Mental hospitals Bombay report 1921-28 - 1921-1928
Year: 1921
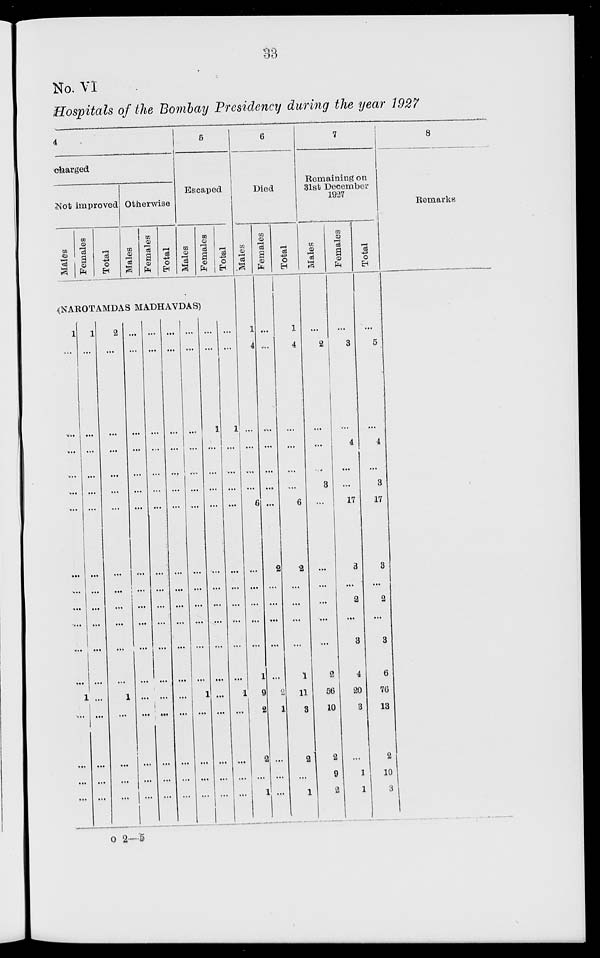
33
No. VI
Hospitals of the Bombay Presidency during the year 1927
4
charged
Not improved
Males
Females
Total
Otherwise
Males
Females
Total
5
Escaped
Males
Females
Total
(NAROTAMDAS MADHAVDAS)
1
...
...
...
...
...
...
...
...
...
...
...
...
1
...
...
...
...
1
...
...
...
...
...
...
...
...
...
...
...
...
...
...
...
...
...
2
...
...
...
...
...
...
...
...
...
...
...
...
1
...
...
...
...
...
...
...
...
...
...
...
...
...
...
...
...
...
...
...
...
...
...
...
...
...
...
...
...
...
...
...
...
...
...
...
...
...
...
...
...
...
...
...
...
...
...
...
...
...
...
...
...
...
...
...
...
...
...
...
...
...
...
...
...
...
...
...
...
...
...
...
1
...
...
...
...
...
...
1
...
...
...
...
...
...
...
...
...
...
...
...
...
...
...
...
...
1
...
...
...
...
...
...
...
...
...
...
1
...
...
...
...
6
Died
Males
1
4
...
...
...
...
6
...
...
...
...
...
1
9
2
2
...
1
Females
...
...
...
...
...
...
...
2
...
...
...
...
...
2
1
...
...
...
Total
1
4
...
...
...
...
6
2
...
...
...
...
1
11
3
2
...
1
7
Remaining on
31st December
1927
Males
...
2
...
...
...
3
...
...
...
...
...
...
2
56
10
2
9
2
Females
...
3
...
4
...
...
17
3
...
2
...
3
4
20
3
...
1
1
Total
...
5
...
4
...
3
17
3
...
2
...
3
6
76
13
2
10
3
8
Remarks
o 2—5